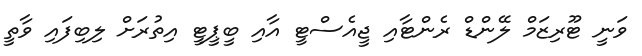
ވަނީ ޓޫރިޒަމް ލޭންޑް ރެންޓާއި ޖީއެސްޓީ އާއި ބީޕީޓީ އިތުރަށް ލިބިފައި ވާތީ